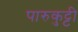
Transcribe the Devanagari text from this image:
पारुकुट्टी